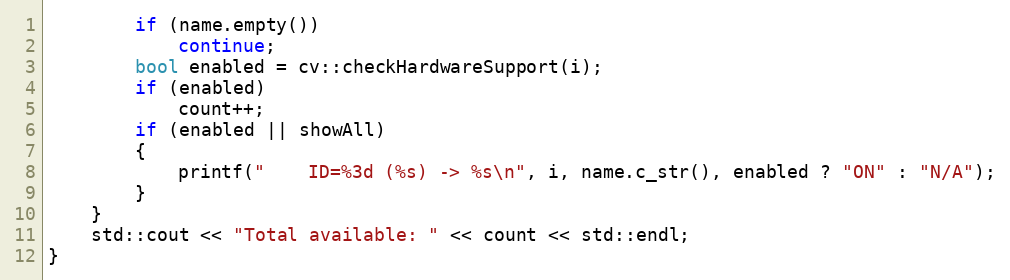
Language: C++
        if (name.empty())
            continue;
        bool enabled = cv::checkHardwareSupport(i);
        if (enabled)
            count++;
        if (enabled || showAll)
        {
            printf("    ID=%3d (%s) -> %s\n", i, name.c_str(), enabled ? "ON" : "N/A");
        }
    }
    std::cout << "Total available: " << count << std::endl;
}